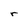
Character: r